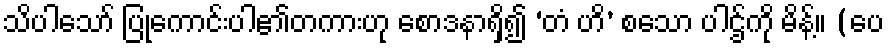
သိပါသော် ပြုကောင်းပါ၏တကားဟု စောဒနာရှိ၍ ‘တံ ဟိ’ စသော ပါဌ်ကို မိန့်။ (ပေ